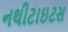
નથીટાઇટસ